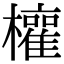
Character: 𭬳